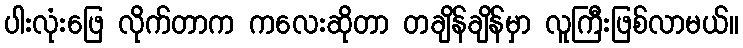
ပါးလုံးဖြေ လိုက်တာက ကလေးဆိုတာ တချိန်ချိန်မှာ လူကြီးဖြစ်လာမယ်။